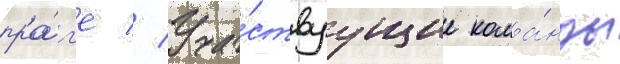
пра́г'е // Уча́ствуущие кома́нды